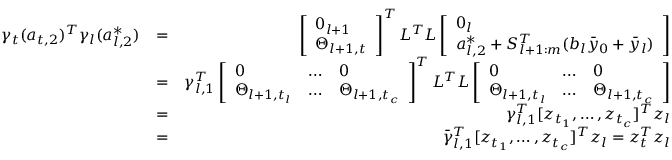
\begin{array} { r l r } { \gamma _ { t } ( a _ { t , 2 } ) ^ { T } \gamma _ { l } ( a _ { l , 2 } ^ { * } ) } & { = } & { \left[ \begin{array} { l } { 0 _ { l + 1 } } \\ { \Theta _ { l + 1 , t } } \end{array} \right] ^ { T } L ^ { T } L \left[ \begin{array} { l } { 0 _ { l } } \\ { a _ { l , 2 } ^ { * } + S _ { l + 1 : m } ^ { T } ( b _ { l } \bar { y } _ { 0 } + \bar { y } _ { l } ) } \end{array} \right] } \\ & { = } & { \gamma _ { l , 1 } ^ { T } \left[ \begin{array} { l l l } { 0 } & { \dots } & { 0 } \\ { \Theta _ { l + 1 , t _ { l } } } & { \dots } & { \Theta _ { l + 1 , t _ { c } } } \end{array} \right] ^ { T } L ^ { T } L \left[ \begin{array} { l l l } { 0 } & { \dots } & { 0 } \\ { \Theta _ { l + 1 , t _ { l } } } & { \dots } & { \Theta _ { l + 1 , t _ { c } } } \end{array} \right] } \\ & { = } & { \gamma _ { l , 1 } ^ { T } [ z _ { t _ { 1 } } , \dots , z _ { t _ { c } } ] ^ { T } z _ { l } } \\ & { = } & { \bar { \gamma } _ { l , 1 } ^ { T } [ z _ { t _ { 1 } } , \dots , z _ { t _ { c } } ] ^ { T } z _ { l } = z _ { t } ^ { T } z _ { l } } \end{array}